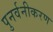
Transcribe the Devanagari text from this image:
पुनर्वनीकरण